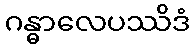
ဂန္ဓာလေပဿိဒံ